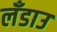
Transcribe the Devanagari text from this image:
लँडाउ